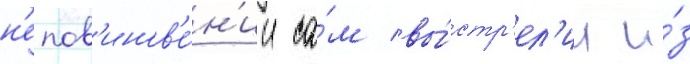
н'епов'инов'е́н'ии са́м вы́стр'ел'ил и́з